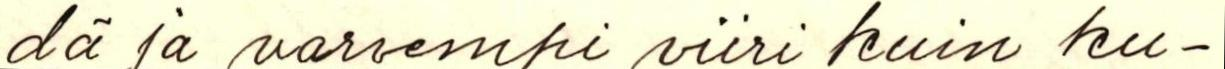
dä ja varrempi viiri kuin ku-